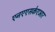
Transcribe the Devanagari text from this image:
एनएएसकेएआर